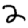
Digit: 2